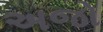
અજો